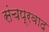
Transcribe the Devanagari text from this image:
संचप्रवाद